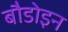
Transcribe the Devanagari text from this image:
बौडोइन